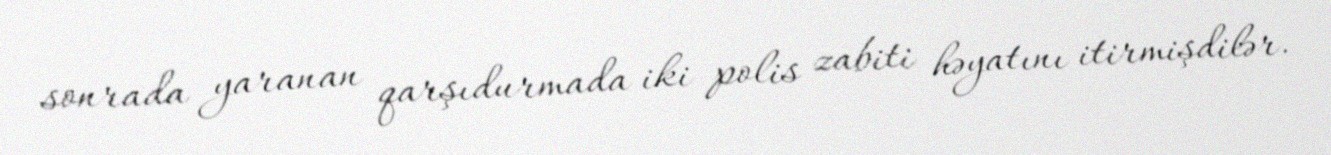
sonrada yaranan qarşıdurmada iki polis zabiti həyatını itirmişdilər.